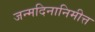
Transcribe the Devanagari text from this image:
जन्मदिनानिमीत्त